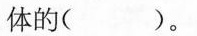
体的( )。